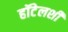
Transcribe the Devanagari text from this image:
हॉटेलशी